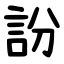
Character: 訜